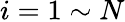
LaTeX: i=1\sim N